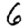
Digit: 6